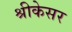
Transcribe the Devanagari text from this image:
श्रीकेसर